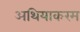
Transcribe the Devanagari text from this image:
अथियाकरम